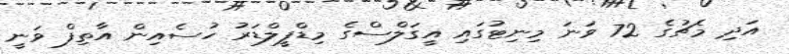
އަދި މެޗުގެ 72 ވަނަ މިނިޓުގައި އީގަލްސްގެ މިޑްފީލްޑަރު ހުސެއިން އާތިފް ވަނީ